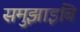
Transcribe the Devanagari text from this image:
समुझाइबि